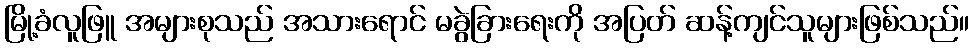
မြို့ခံလူဖြူ အများစုသည် အသားရောင် မခွဲခြားရေးကို အပြတ် ဆန့်ကျင်သူများဖြစ်သည်။